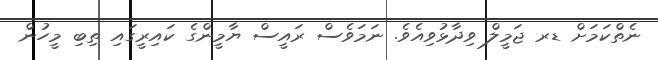
ނެތްކަމަށް ޑރ ޖަމީލް ވިދާޅުވިއެވެ. ނަމަވެސް ރައީސް ޔާމީންގެ ކައިރީގައި ތިބި މީހުން